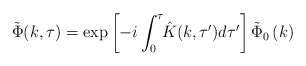
\begin{align*}\tilde{\Phi}(k, \tau) = \exp\left[ -i\int_{0}^{\tau}\!\! \hat{K}(k, \tau') d\tau' \right] \tilde{\Phi}_{0}\left(k\right)\end{align*}